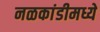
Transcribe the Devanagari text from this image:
नळकांडीमध्ये